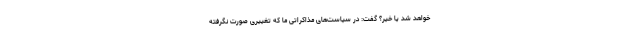
خواهد شد یا خیر؟ گفت: در سیاست‌های مذاکراتی ما که تغییری صورت نگرفته